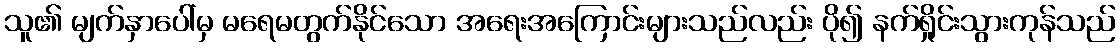
သူ၏ မျက်နှာပေါ်မှ မရေမတွက်နိုင်သော အရေးအကြောင်းများသည်လည်း ပို၍ နက်ရှိုင်းသွားကုန်သည်